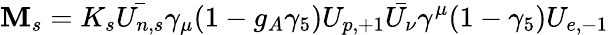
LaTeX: \mathbf{M}_{s}=K_{s}\bar{{U_{n,s}}}\gamma_{\mu}(1-g_{A}\gamma_{5})U_{p,+1}\bar{{U_{\nu}}}\gamma^{\mu}(1-\gamma_{5})U_{e,-1}